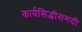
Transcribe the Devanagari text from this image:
कार्यसिद्धीसमयी